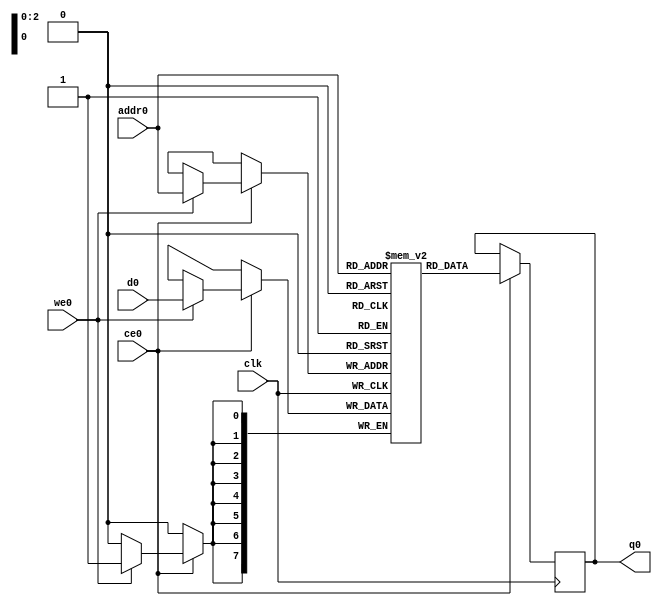
// ==============================================================
// Vivado(TM) HLS - High-Level Synthesis from C, C++ and SystemC v2019.2 (64-bit)
// Copyright 1986-2019 Xilinx, Inc. All Rights Reserved.
// ==============================================================
`timescale 1 ns / 1 ps
module pw_layer1_x_V_3_1_ram (addr0, ce0, d0, we0, q0,  clk);

parameter DWIDTH = 8;
parameter AWIDTH = 3;
parameter MEM_SIZE = 8;

input[AWIDTH-1:0] addr0;
input ce0;
input[DWIDTH-1:0] d0;
input we0;
output reg[DWIDTH-1:0] q0;
input clk;

(* ram_style = "distributed" *)reg [DWIDTH-1:0] ram[0:MEM_SIZE-1];




always @(posedge clk)  
begin 
    if (ce0) begin
        if (we0) 
            ram[addr0] <= d0; 
        q0 <= ram[addr0];
    end
end


endmodule

`timescale 1 ns / 1 ps
module pw_layer1_x_V_3_1(
    reset,
    clk,
    address0,
    ce0,
    we0,
    d0,
    q0);

parameter DataWidth = 32'd8;
parameter AddressRange = 32'd8;
parameter AddressWidth = 32'd3;
input reset;
input clk;
input[AddressWidth - 1:0] address0;
input ce0;
input we0;
input[DataWidth - 1:0] d0;
output[DataWidth - 1:0] q0;



pw_layer1_x_V_3_1_ram pw_layer1_x_V_3_1_ram_U(
    .clk( clk ),
    .addr0( address0 ),
    .ce0( ce0 ),
    .we0( we0 ),
    .d0( d0 ),
    .q0( q0 ));

endmodule